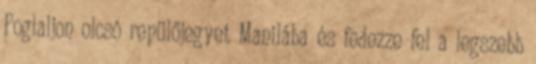
Foglaljon olcsó repülőjegyet Manilába és fedezze fel a legszebb